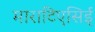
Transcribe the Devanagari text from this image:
माराटिएसिई